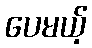
ပေမယ့်